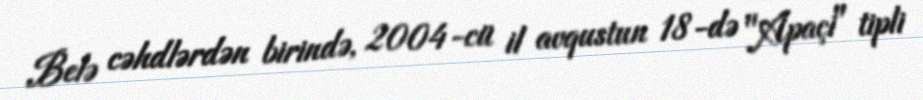
Belə cəhdlərdən birində, 2004-cü il avqustun 18-də "Apaçi" tipli